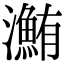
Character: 𤃽